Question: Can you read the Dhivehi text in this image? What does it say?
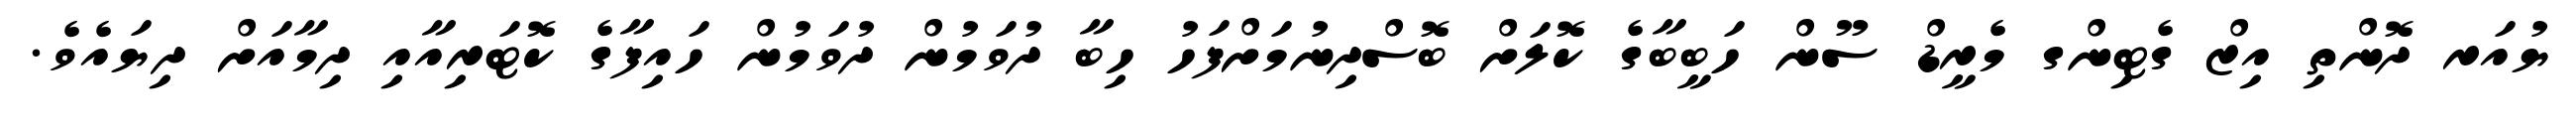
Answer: ޔުއަރ ދޮންތި އިޒް ގެޓިންގ މެރީޑް ސޫން ހަބީބާގެ ކޮލަށް ބޮސްދިނުމަށްފަހު ހިބާ ދުވަމުން ދުވަމުން ހައިފާގެ ކޮޓަރިއާއި ދިމާއަށް ދިޔައެވެ.